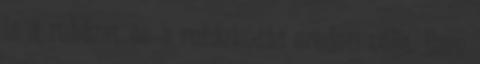
is a ruházat és a ruházkodás eredeti célja. Ezen